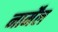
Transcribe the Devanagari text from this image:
नार्मेंल